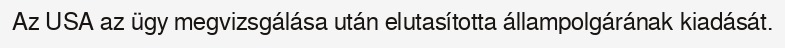
Az USA az ügy megvizsgálása után elutasította állampolgárának kiadását.